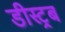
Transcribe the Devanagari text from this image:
डीस्ट्रब